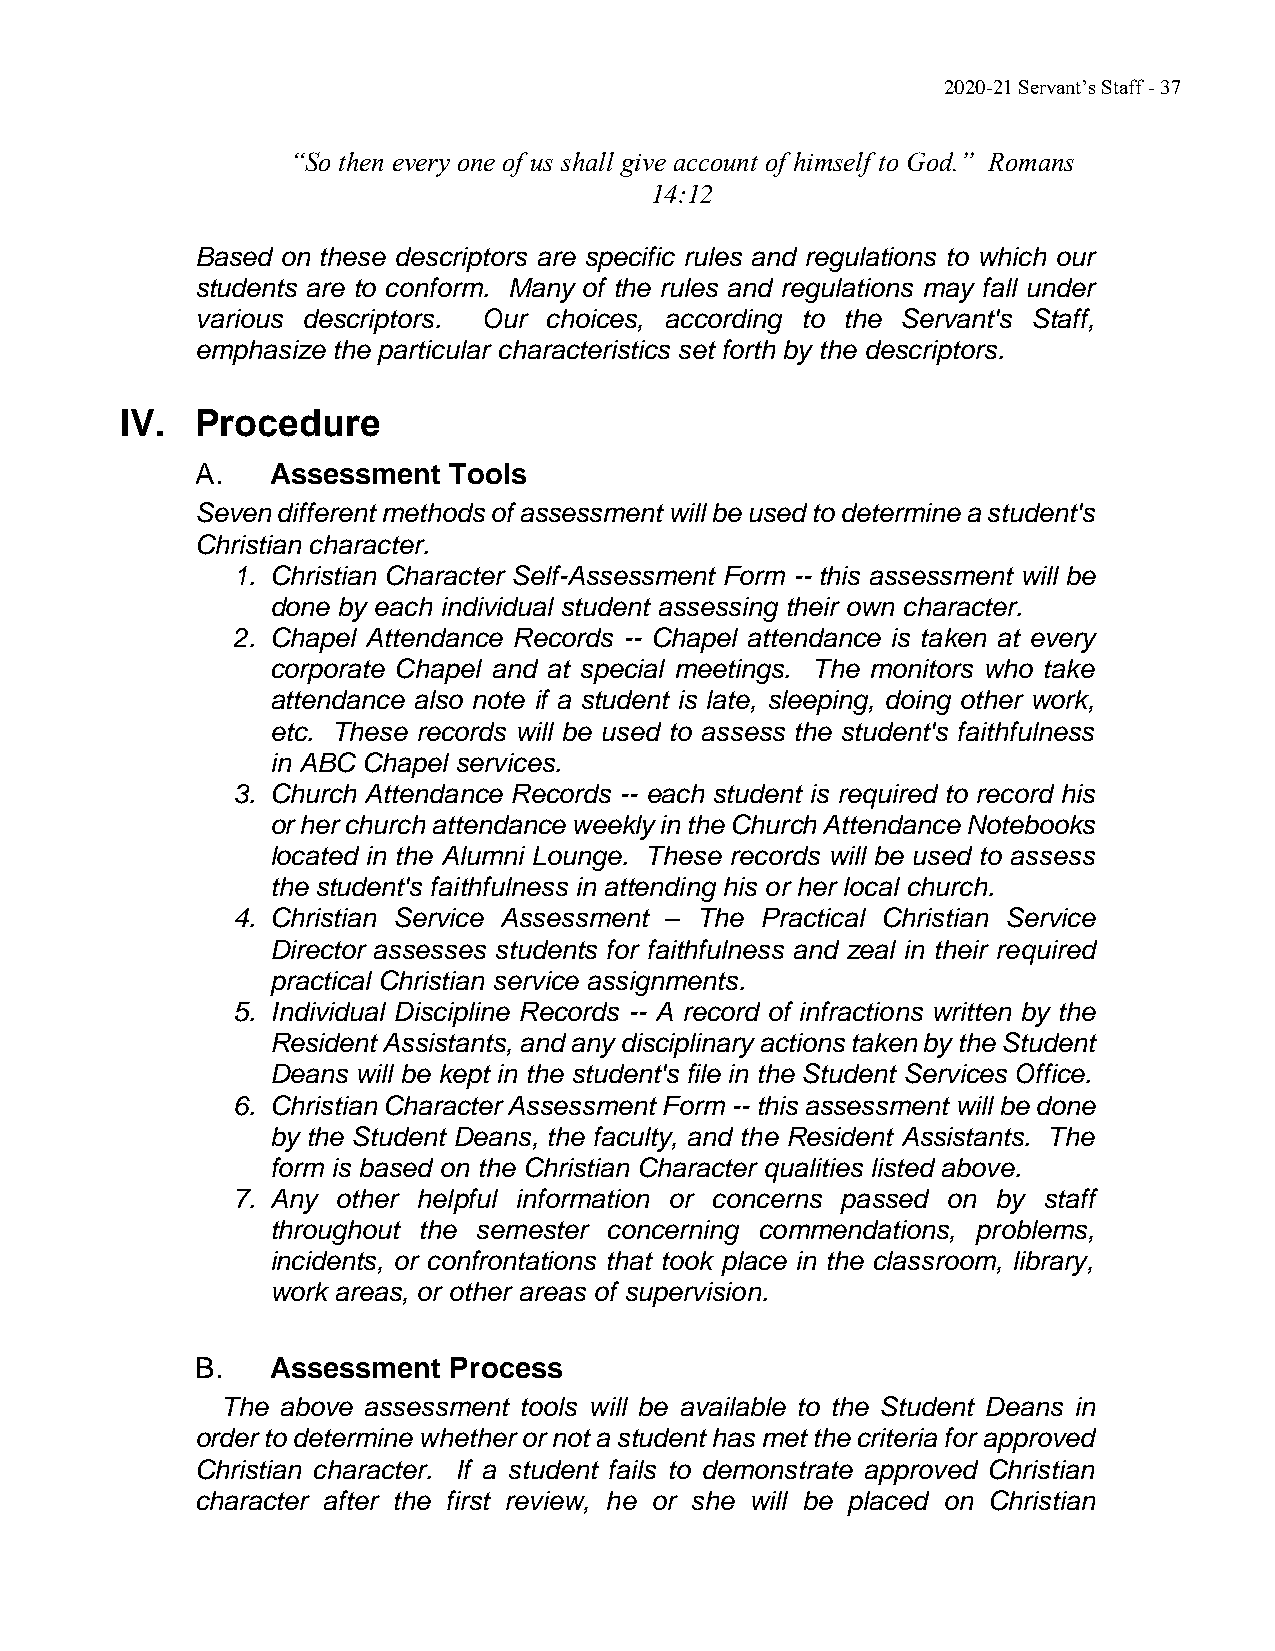
2020-21 Servant’s Staff - 37
 “So then every one of us shall give account of himself to God.” Romans
 14:12
 Based on these descriptors are specific rules and regulations to which our
 students are to conform. Many of the rules and regulations may fall under
 various descriptors. Our choices, according to the Servant's Staff,
 emphasize the particular characteristics set forth by the descriptors.
 IV.  Procedure
 A.   Assessment  Tools
 Seven different methods of assessment will be used to determine a student's
 Christian character.
 1. Christian Character Self-Assessment Form -- this assessment will be
 done by each individual student assessing their own character.
 2. Chapel Attendance Records -- Chapel attendance is taken at every
 corporate Chapel and at special meetings. The monitors who take
 attendance also note if a student is late, sleeping, doing other work,
 etc. These records will be used to assess the student's faithfulness
 in ABC Chapel services.
 3. Church Attendance Records -- each student is required to record his
 or her church attendance weekly in the Church Attendance Notebooks
 located in the Alumni Lounge. These records will be used to assess
 the student's faithfulness in attending his or her local church.
 4. Christian Service Assessment – The Practical Christian Service
 Director assesses students for faithfulness and zeal in their required
 practical Christian service assignments.
 5. Individual Discipline Records -- A record of infractions written by the
 Resident Assistants, and any disciplinary actions taken by the Student
 Deans will be kept in the student's file in the Student Services Office.
 6. Christian Character Assessment Form -- this assessment will be done
 by the Student Deans, the faculty, and the Resident Assistants. The
 form is based on the Christian Character qualities listed above.
 7. Any other helpful information or concerns passed on by staff
 throughout the semester concerning commendations, problems,
 incidents, or confrontations that took place in the classroom, library,
 work areas, or other areas of supervision.
 B.   Assessment  Process
 The above assessment tools will be available to the Student Deans in
 order to determine whether or not a student has met the criteria for approved
 Christian character. If a student fails to demonstrate approved Christian
 character after the first review, he or she will be placed on Christian